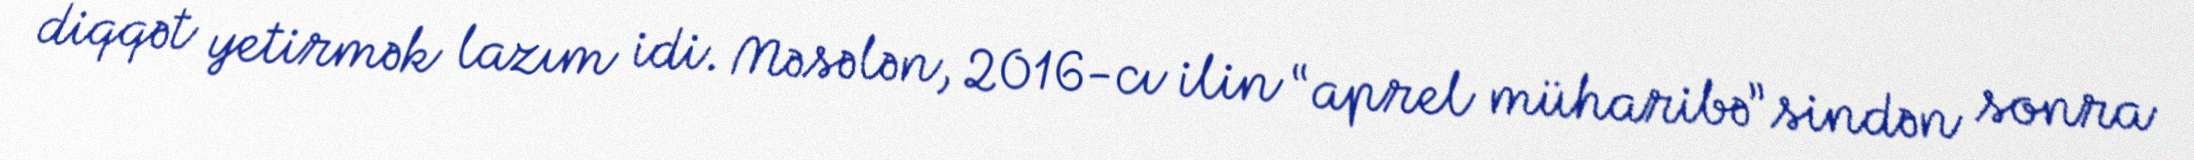
diqqət yetirmək lazım idi. Məsələn, 2016-cı ilin “aprel müharibə”sindən sonra